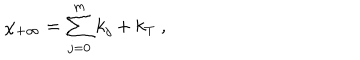
\chi _ { + \infty } = \sum _ { j = 0 } ^ { m } k _ { j } + k _ { T } ~ , ~ \,